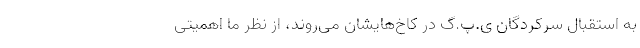
به استقبال سرکردگان ی.پ.گ در کاخ‌هایشان می‌روند، از نظر ما اهمیتی